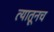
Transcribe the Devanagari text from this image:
त्‍यातूनच